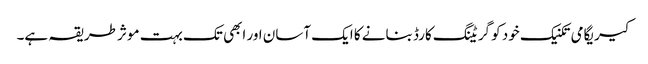
کیریگامی تکنیک خود کو گریٹنگ کارڈ بنانے کا ایک آسان اور ابھی تک بہت موثر طریقہ ہے۔